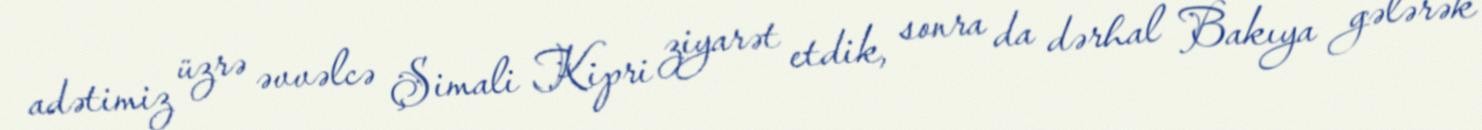
adətimiz üzrə əvvəlcə Şimali Kipri ziyarət etdik, sonra da dərhal Bakıya gələrək